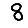
Digit: 8